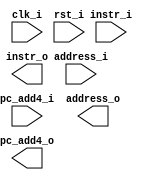
module IF_register (clk_i, rst_i,address_i, instr_i,pc_add4_i, address_o, instr_o,pc_add4_o);

	input clk_i ;
	input rst_i;
	input [31:0] address_i;
	input [31:0] instr_i;
	input [31:0] pc_add4_i;
	output reg [31:0] address_o;
	output reg [31:0] instr_o;
	output reg [31:0] pc_add4_o;


endmodule